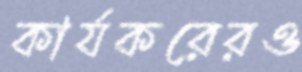
কার্যকরেরও